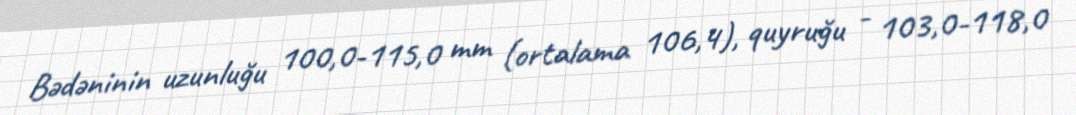
Bədəninin uzunluğu 100,0-115,0 mm (ortalama 106,4), quyruğu - 103,0-118,0